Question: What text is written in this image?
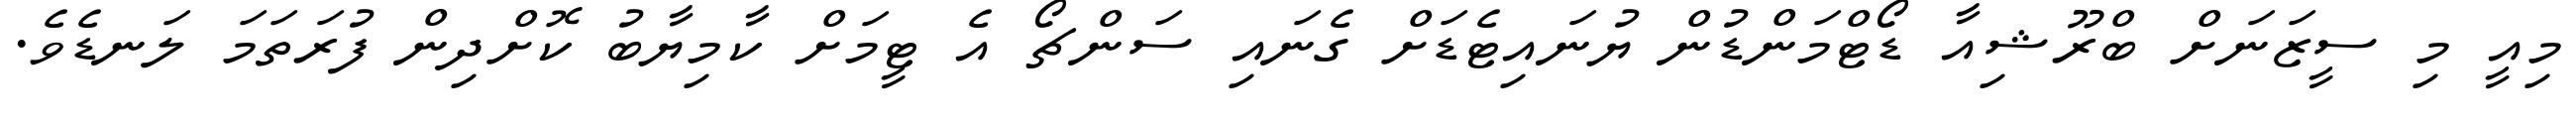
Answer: މިއީ މި ސީޒަނަށް ބްރޫޝިއާ ޑޯޓްމަންޑުން ޔުނައިޓެޑަށް ގެނައި ސަންޗޯ އެ ޓީމަށް ކާމިޔާބު ކޮށްދިން ފުރަތަމަ ލަނޑެވެ.